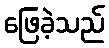
ဖြေခဲ့သည်